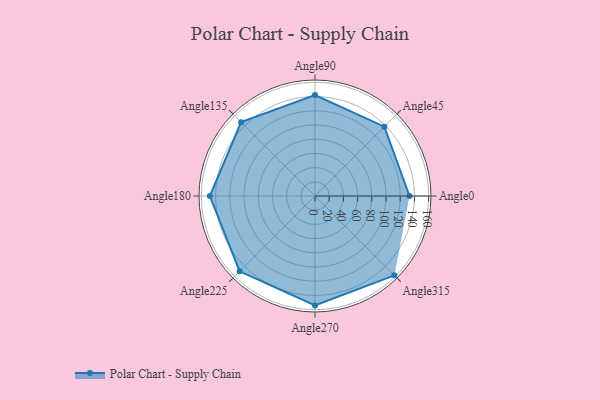
{"axis": {"x": "Angle", "y": "Radius"}, "legend": [""], "data": [{"x": "Angle0", "y": 133.0, "type": ""}, {"x": "Angle45", "y": 138.0, "type": ""}, {"x": "Angle90", "y": 142.0, "type": ""}, {"x": "Angle135", "y": 147.0, "type": ""}, {"x": "Angle180", "y": 148.0, "type": ""}, {"x": "Angle225", "y": 150.0, "type": ""}, {"x": "Angle270", "y": 154.0, "type": ""}, {"x": "Angle315", "y": 158.0, "type": ""}]}